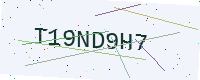
Text: T19ND9H7